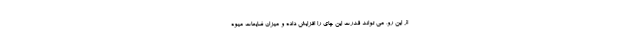
از این رو، می تواند قدرت این چای را افزایش داده و میزان ضایعات میوه